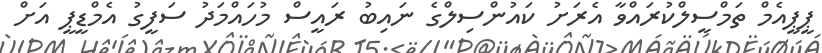
ޕީޕީއެމް ތަމްސީލްކުރައްވާ އެރަށު ކައުންސިލްގެ ނައިބު ރައީސް މުހައްމަދު ސަފީގު އެމްޑީޕީ އަށް